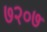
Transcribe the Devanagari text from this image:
७२०७